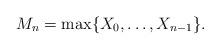
LaTeX: \begin{align*}M_n=\max\{X_0,\ldots,X_{n-1}\}.\end{align*}